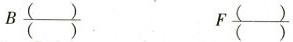
B\frac{()}{()} F\frac{()}{()}